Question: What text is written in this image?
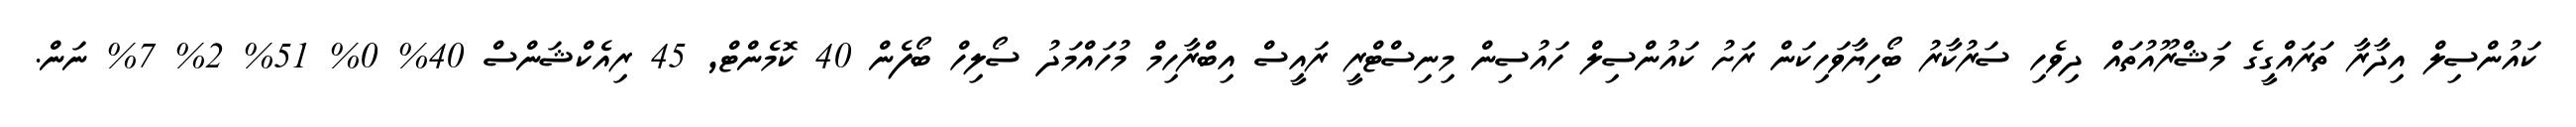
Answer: ކައުންސިލް އިދާރާ ތަރައްގީގެ މަޝްރޫއުތައް ދިވެހި ސަރުކާރު ބޯހިޔާވަހިކަން ރަށު ކައުންސިލް ހައުސިން މިނިސްޓްރީ ރައީސް އިބްރާހިމް މުހައްމަދު ސޯލިހް ބޯފެން 40 ކޮމެންޓް, 45 ރިއެކްޝަންސް 40% 0% 51% 2% 7% ނަން.